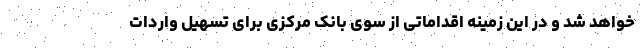
خواهد شد و در این زمینه اقداماتی از سوی بانک مرکزی برای تسهیل واردات